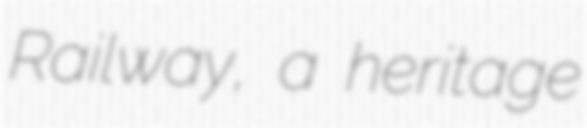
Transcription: Railway, a heritage